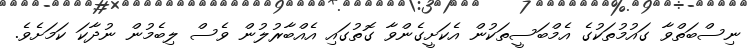
ނިސްބަތްވާ ގައުމުތަކުގެ އެމްބަސީތަކުން އެކަށީގެންވާ ގޮތުގައި އެއްބާރުލުން ވެސް ލިބެމުން ނުދާކަ ކަމަށެވެ.